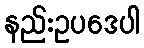
နည်းဥပဒေပါ